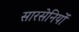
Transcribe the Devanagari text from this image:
सारसेनियों